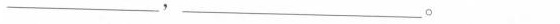
______,______。